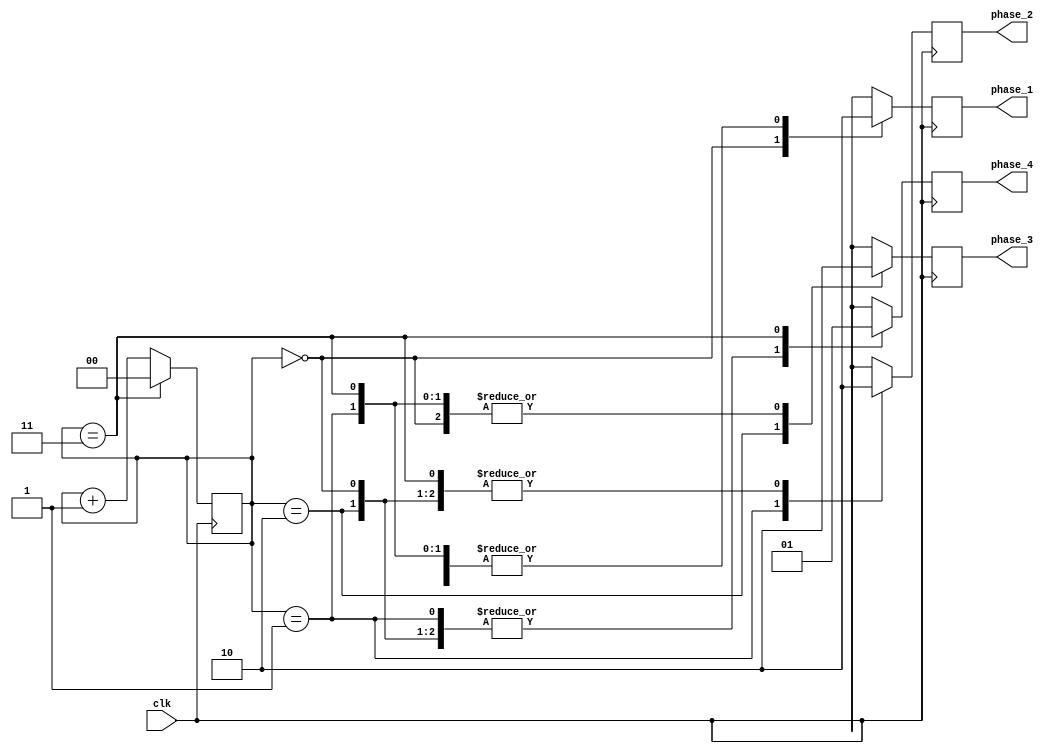
module multi_phase_clock_divider (
    input wire clk,
    output reg phase_1,
    output reg phase_2,
    output reg phase_3,
    output reg phase_4
);

reg [1:0] counter;

always @(posedge clk) begin
    case (counter)
        2'd0: begin
            phase_1 <= 1;
            phase_2 <= 0;
            phase_3 <= 0;
            phase_4 <= 0;
        end
        2'd1: begin
            phase_1 <= 0;
            phase_2 <= 1;
            phase_3 <= 0;
            phase_4 <= 0;
        end
        2'd2: begin
            phase_1 <= 0;
            phase_2 <= 0;
            phase_3 <= 1;
            phase_4 <= 0;
        end
        2'd3: begin
            phase_1 <= 0;
            phase_2 <= 0;
            phase_3 <= 0;
            phase_4 <= 1;
        end
    endcase
    
    if (counter == 2'd3) begin
        counter <= 2'd0;
    end else begin
        counter <= counter + 1;
    end
end

endmodule